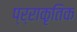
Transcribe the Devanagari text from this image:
प्र्राकृतिक